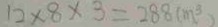
1 2 \times 8 \times 3 = 2 8 8 ( m ^ { 3 } )